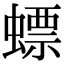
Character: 螵